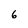
Character: 6